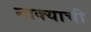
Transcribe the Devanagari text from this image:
नाक्याची